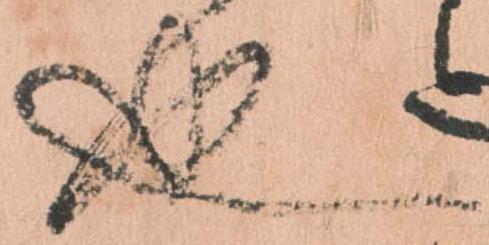
也